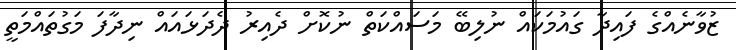
ޒުވާނެއްގެ ފައިދާ ގައުމަކައް ނުލިބޭ މަސައްކަތް ނުކޮށް ދެއިރު ދެދަޅައައް ނިދާފަ މަގުތައްމަތީ